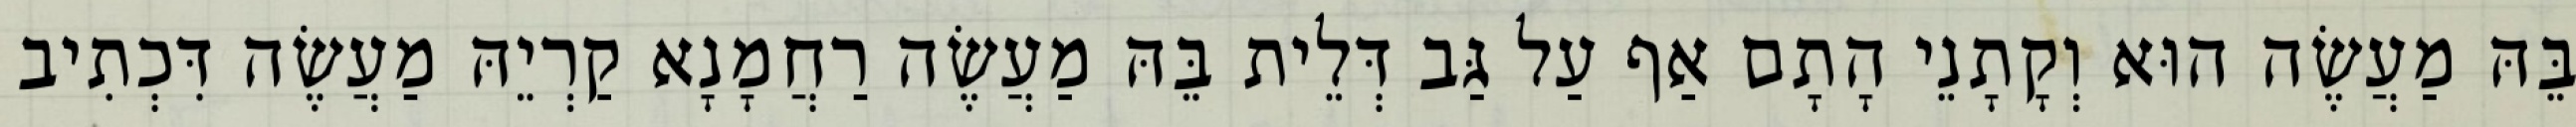
בֵּהּ מַעֲשֶׂה הוּא וְקָתָנֵי הָתָם אַף עַל גַּב דְּלֵית בֵּהּ מַעֲשֶׂה רַחֲמָנָא קַרְיֵהּ מַעֲשֶׂה דִּכְתִיב